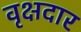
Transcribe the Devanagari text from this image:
वृक्षदार